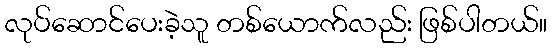
လုပ်ဆောင်ပေးခဲ့သူ တစ်ယောက်လည်း ဖြစ်ပါတယ်။